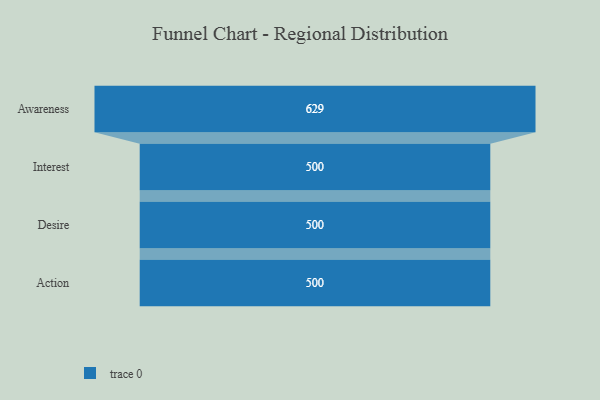
{"axis": {"x": "Stage", "y": "Value"}, "legend": [""], "data": [{"x": "Awareness", "y": 629.0, "type": ""}, {"x": "Interest", "y": 500, "type": ""}, {"x": "Desire", "y": 500, "type": ""}, {"x": "Action", "y": 500, "type": ""}]}